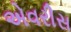
એવરીસ